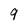
Character: 9